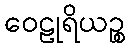
ဝေဠုရိယဉ္စ